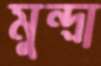
মুন্দ্রা